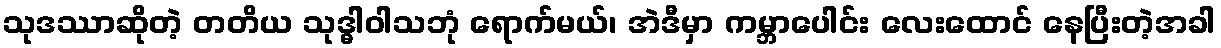
သုဒဿာဆိုတဲ့ တတိယ သုဒ္ဓါဝါသဘုံ ရောက်မယ်၊ အဲဒီမှာ ကမ္ဘာပေါင်း လေးထောင် နေပြီးတဲ့အခါ